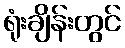
ရုံးချိန်းတွင်